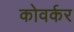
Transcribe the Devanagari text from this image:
कोवर्कर